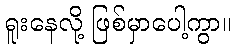
ရူးနေလို့ ဖြစ်မှာပေါ့ကွာ။